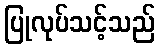
ပြုလုပ်သင့်သည်